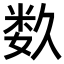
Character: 𥹰